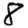
Digit: 8